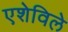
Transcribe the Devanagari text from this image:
एशेविले